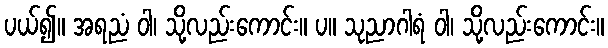
ပယ်၍။ အရညံ ဝါ၊ သို့လည်းကောင်း။ ပ။ သုညာဂါရံ ဝါ၊ သို့လည်းကောင်း။